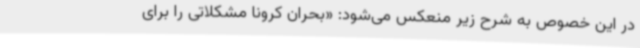
در این خصوص به شرح زیر منعکس می‌شود: «بحران کرونا مشکلاتی را برای